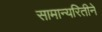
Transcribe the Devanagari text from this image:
सामान्यरितीने